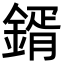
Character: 𮢦